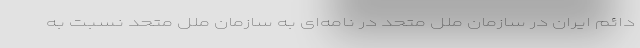
دائم ایران در سازمان ملل متحد در نامه‌ای به سازمان ملل متحد نسبت به